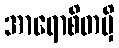
အာရောစိတမှိ